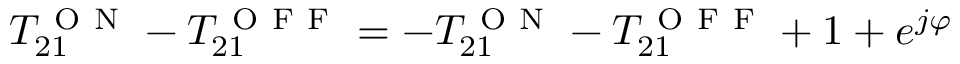
T _ { 2 1 } ^ { \mathrm { ~ O ~ N ~ } } - T _ { 2 1 } ^ { \mathrm { ~ O ~ F ~ F ~ } } = - T _ { 2 1 } ^ { \mathrm { ~ O ~ N ~ } } - T _ { 2 1 } ^ { \mathrm { ~ O ~ F ~ F ~ } } + 1 + e ^ { j \varphi }